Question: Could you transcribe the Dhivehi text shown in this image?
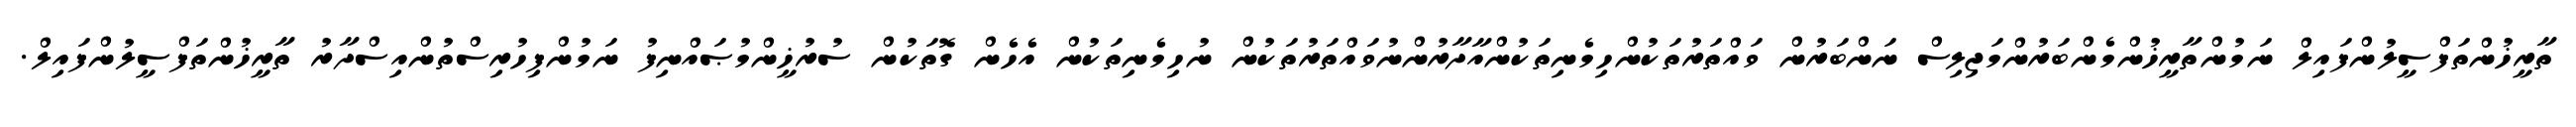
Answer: ތާރީޚުންތަފްސީލުންފައިލް ނަމުންތާރީޚުންމެންބަރުންމަޖިލިސް ނަންބަރުން ވައްތަރުތަކުންހިމެނިތަކުންއާދާރުންނުވައްތަރުތަކުން ނުހިމެނިތަކުން އެހެން ގޮތަކުން ސުރުޚީންމުޞައްނިފު ނަމުންފިހުރިސްތުންއިސްދާރު ތާރީޚުންތަފްސީލުންފައިލް.